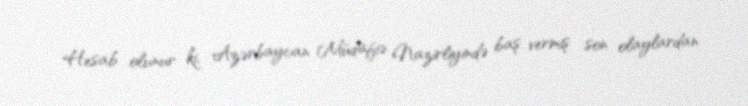
Hesab olunur ki, Azərbaycan Müdafiə Nazirliyində baş vermiş son olaylardan